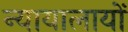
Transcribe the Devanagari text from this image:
न्यायालायों